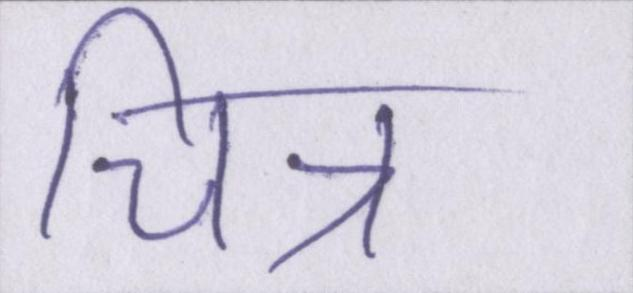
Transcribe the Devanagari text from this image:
चित्र।